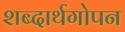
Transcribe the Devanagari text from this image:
शब्दार्थगोपन